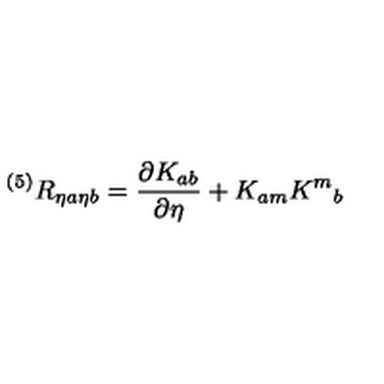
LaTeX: { } ^ { ( 5 ) } R _ { \eta a \eta b } = { \frac { \partial K _ { a b } } { \partial \eta } } + K _ { a m } K ^ { m } { } _ { b }